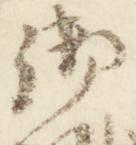
御